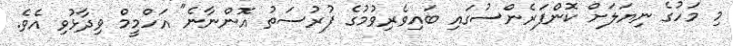
މި މަހުގެ ނިޔަލަށް ކޮންފަރެންސުގައި ބައިވެރިވުމުގެ ފުރުސަތު އޮންނާނެ" އަހްމީމް ވިދާޅުވި އެވެ.